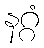
နဂ္ဂံ